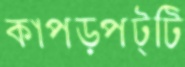
কাপড়পট্টি